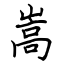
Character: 嵩